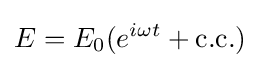
E=E_{0}(e^{i\omega t}+{\text{c.c.}})